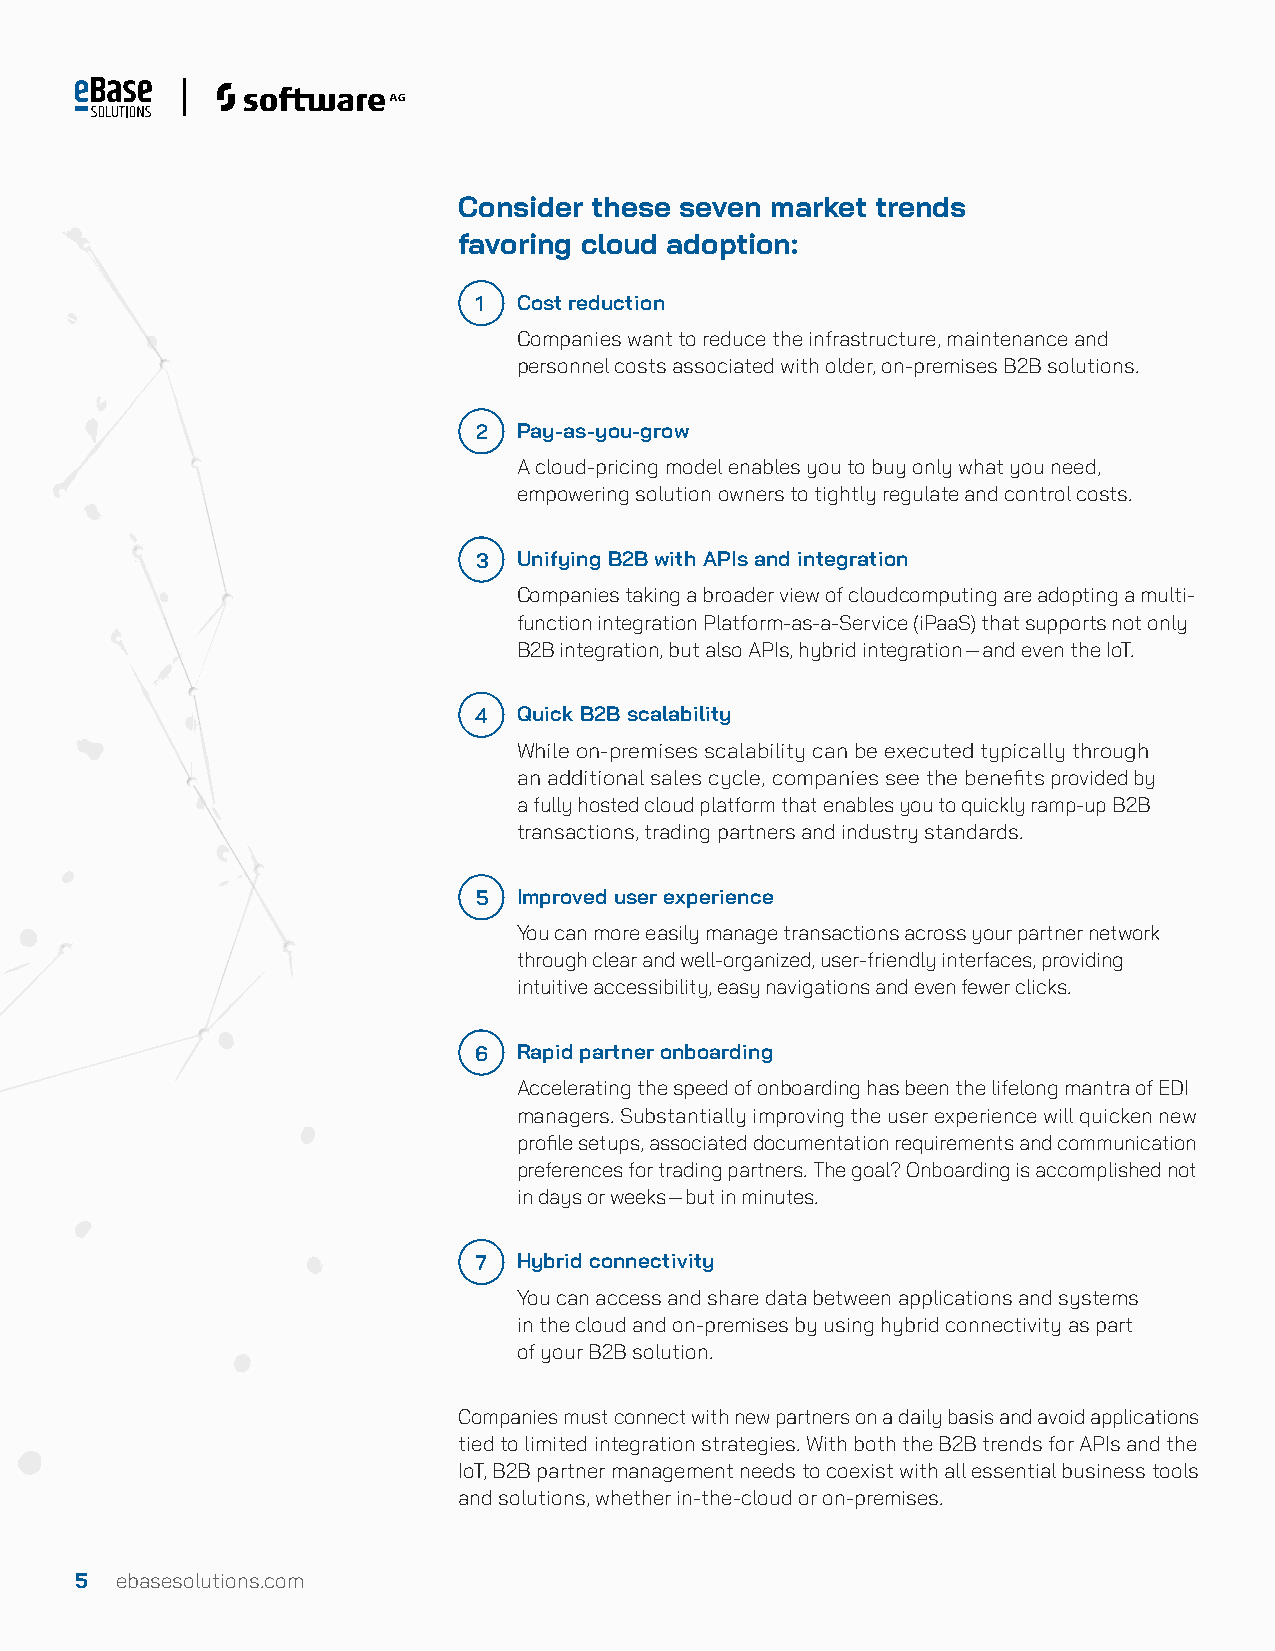
Consider these seven market trends
 favoring cloud adoption:
 1 Cost reduction
 Companies want to reduce the infrastructure, maintenance and
 personnel costs associated with older, on-premises B2B solutions.
 2  Pay-as-you-grow
 A cloud-pricing model enables you to buy only what you need,
 empowering solution owners to tightly regulate and control costs.
 3  Unifying B2B with APIs and integration
 Companies taking a broader view of cloudcomputing are adopting a multi-
 function integration Platform-as-a-Service (iPaaS) that supports not only
 B2B integration, but also APIs, hybrid integration—and even the IoT.
 4  Quick B2B scalability
 While on-premises scalability can be executed typically through
 an additional sales cycle, companies see the benefits provided by
 a fully hosted cloud platform that enables you to quickly ramp-up B2B
 transactions, trading partners and industry standards.
 5  Improved user experience
 You can more easily manage transactions across your partner network
 through clear and well-organized, user-friendly interfaces, providing
 intuitive accessibility, easy navigations and even fewer clicks.
 6  Rapid partner onboarding
 Accelerating the speed of onboarding has been the lifelong mantra of EDI
 managers. Substantially improving the user experience will quicken new
 profile setups, associated documentation requirements and communication
 preferences for trading partners. The goal? Onboarding is accomplished not
 in days or weeks—but in minutes.
 7 Hybrid connectivity
 You can access and share data between applications and systems
 in the cloud and on-premises by using hybrid connectivity as part
 of your B2B solution.
 Companies must connect with new partners on a daily basis and avoid applications
 tied to limited integration strategies. With both the B2B trends for APIs and the
 IoT, B2B partner management needs to coexist with all essential business tools
 and solutions, whether in-the-cloud or on-premises.
 5  ebasesolutions.com